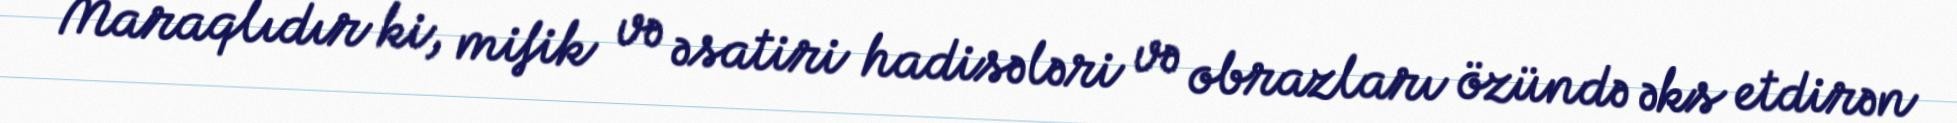
Maraqlıdır ki, mifik və əsatiri hadisələri və obrazları özündə əks etdirən